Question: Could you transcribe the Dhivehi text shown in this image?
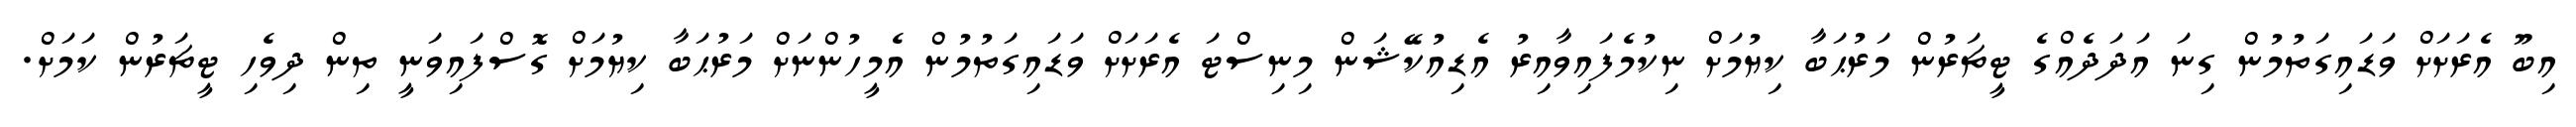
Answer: އިބޫ އެރަށަށް ވަޑައިގަތުމުން ގިނަ އަދަދެއްގެ ޓީޗަރުން މަރުޙަބާ ކިޔުމަށް ނިކުމެފައިވާއިރު އެޑިއުކޭޝަން މިނިސްޓަ އެރަށަށް ވަޑައިގަތުމުން އެމީހުންނަށް މަރުޙަބާ ކިޔުމަށް ގޮސްފައިވަނީ ތިން ދިވެހި ޓީޗަރުން ކަމަށް.